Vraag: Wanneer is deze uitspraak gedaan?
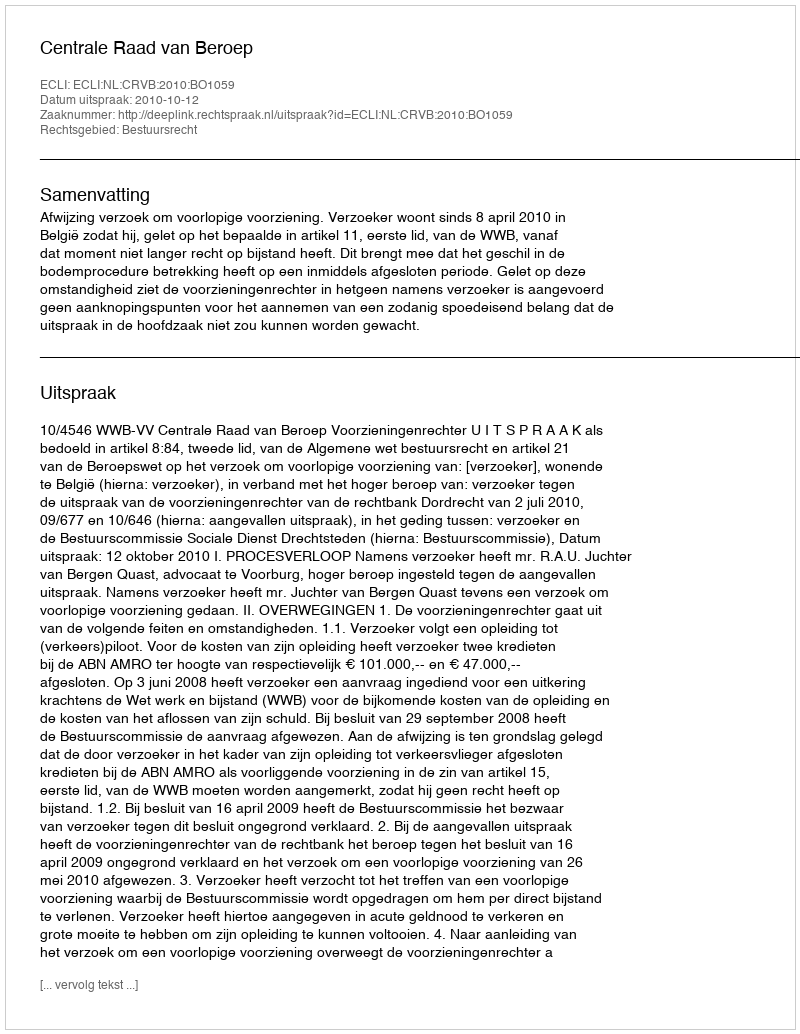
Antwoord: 2010-10-12